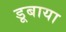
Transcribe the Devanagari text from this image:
डूबाया